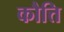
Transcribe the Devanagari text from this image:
कौत्ति